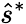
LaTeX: \hat{s}^{*}